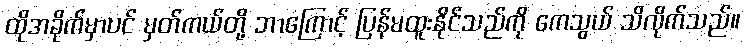
ထိုအခိုက်မှာပင် မှတ်ကယ်တို့ ဘာကြောင့် ပြန်မထူးနိုင်သည်ကို ကေသွယ် သိလိုက်သည်။